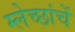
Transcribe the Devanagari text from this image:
म्लेच्छांचें